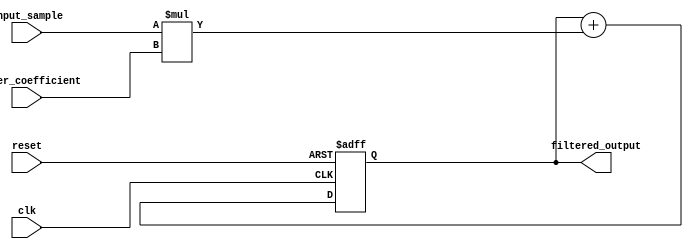
module FIR_filter_accumulator (
  input wire clk,
  input wire reset,
  input wire signed [15:0] input_sample,
  input wire signed [15:0] filter_coefficient,
  output wire signed [31:0] filtered_output
);

reg signed [31:0] accumulator;

always @(posedge clk or posedge reset) begin
  if (reset) begin
    accumulator <= 32'b0;
  end else begin
    accumulator <= accumulator + (input_sample * filter_coefficient);
  end
end

assign filtered_output = accumulator;

endmodule